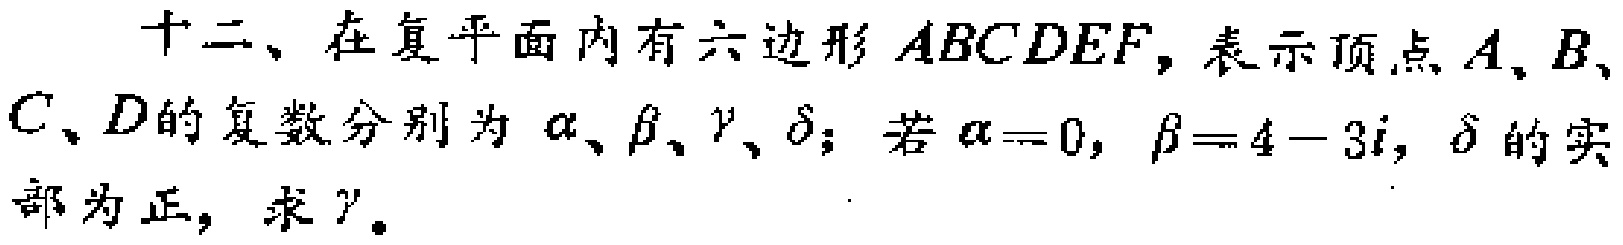
十二、在复平面内有六边形 \(ABCDEF\)，表示顶点 \(A\)、\(B\)、\(C\)、\(D\)的复数分别为 \(\alpha\)、\(\beta\)、\(\gamma\)、\(\delta\)；若 \(\alpha = 0\)，\(\beta = 4 - 3i\)，\(\delta\)的实部为正，求 \(\gamma\)。